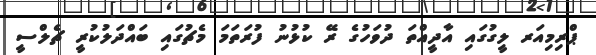
ޕްރިމިއަރ ލީގުގައި އާދީއްތަ ދުވަހުގެ ރޭ ކުޅުނު ފުރަތަމަ މެޗުގައި ބައްދަލުކުރީ ޗެލްސީ